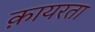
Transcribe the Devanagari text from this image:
क़ायरता